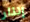
إنذار